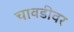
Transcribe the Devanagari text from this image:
चावडीवर